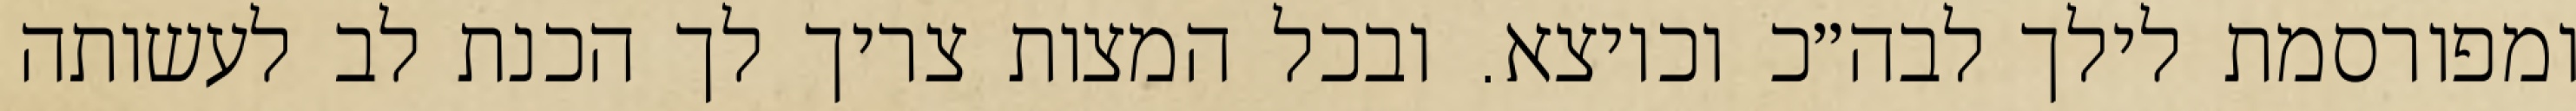
ומפורסמת לילך לבה״כ וכיוצא. ובכל המצות צריך לך הכנת לב לעשותה